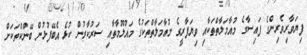
ފިޔަވާރިވެރިންގެ ފައިސާގެ މުއާމަލާތްތަކާއި ވިޔަފާރީގެ މުއާމަލާތްތަކުގެ މައުލޫމާތާއި ސަރުކާރުން ކުޅެ އެބޭފުޅުން ބޭންކްތަކަށް